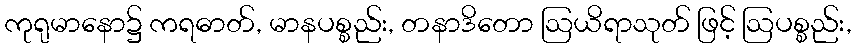
ကုရုမာနော၌ ကရဓာတ်, မာနပစ္စည်း, တနာဒိတော ဩယိရာသုတ် ဖြင့် ဩပစ္စည်း,